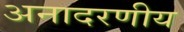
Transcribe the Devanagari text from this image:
अनादरणीय